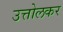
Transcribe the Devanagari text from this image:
उत्तोलकर